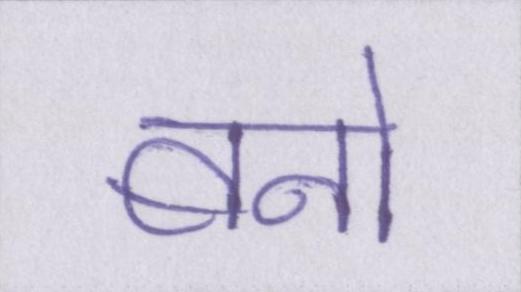
बनो